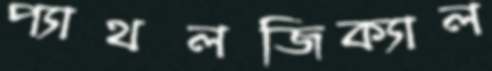
প্যাথলজিক্যাল